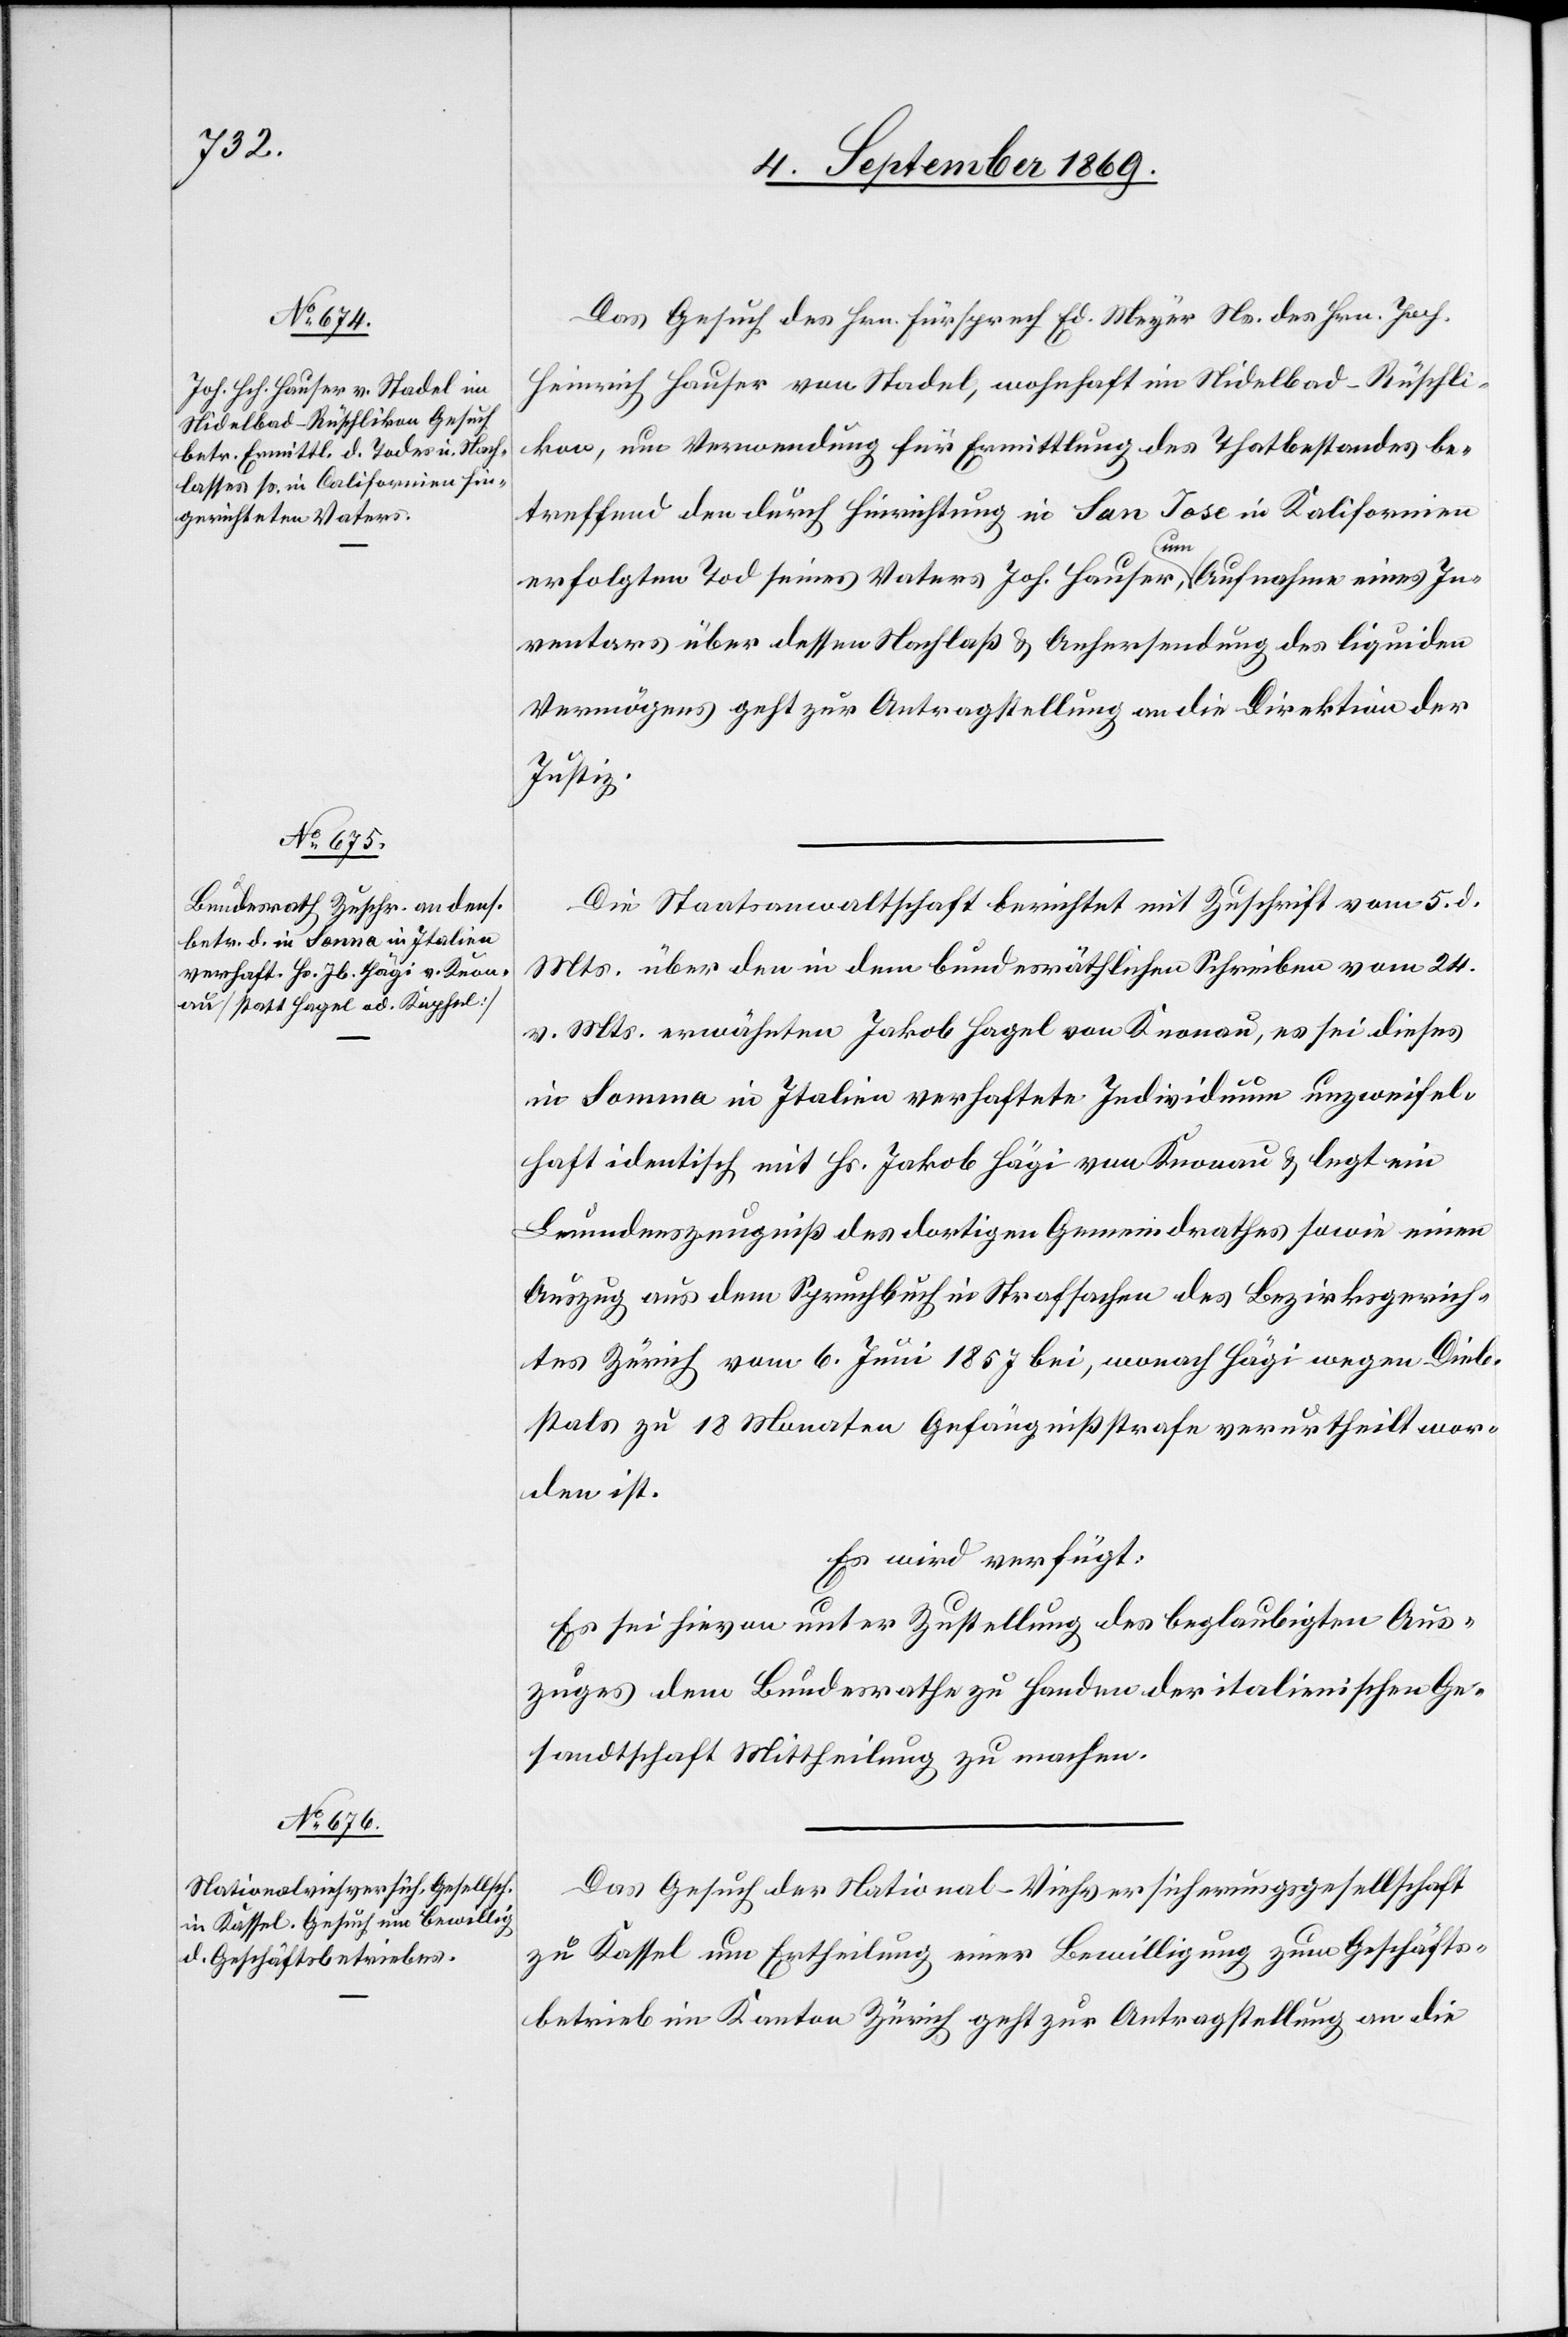
8. September 1869.]
Das Gesuch des Hrn. Fürsprech Ed. Meyer Ns. des Hrn. Joh.
Heinrich Hauser von Stadel, wohnhaft im Nidelbad - Rüschli¬
kon, um Verwendung für Ermittlung des Thatbestandes be¬
treffend den durch Hinrichtung in San Jose in Kalifornien
erfolgten Tod seines Vaters Joh. Hauser, um Aufnahme eines In¬
ventars über dessen Nachlaß & Anhersendung des liquiden
Vermögens geht zur Antragstellung an die Direktion der
Justiz.
Die Staatsanwaltschaft berichtet mit Zuschrift vom 5. d.
Mts. über den in dem bundesräthlichen Schreiben vom 24.
v. Mts. erwähnten Jakob Hagel von Knonau, es sei dieses
in Somma in Italien verhaftete Individuum unzweifel¬
haft identisch mit Hs. Jakob Hägi von Knonau & legt ein
Leumdenszeugniß des dortigen Gemeindrathes sowie einen
Auszug aus dem Spruchbuch in Strafsachen des Bezirksgerich¬
tes Zürich vom 6. Juni 1857 bei, wonach Hägi wegen Dieb¬
stals zu 18 Monaten Gefängnißstrafe verurtheilt wor¬
den ist.
Es wird verfügt:
Es sei hievon unter Zustellung des beglaubigten Aus¬
zuges dem Bundesrathe zu Handen der italienischen Ge¬
sandtschaft Mittheilung zu machen.
Das Gesuch der National-Viehversicherungsgesellschaft
zu Kassel um Ertheilung einer Bewilligung zum Geschäfts¬
betrieb im Kanton Zürich geht zur Antragstellung an die